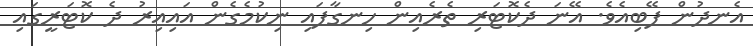
އެނދުން ފޭބިއެވެ. އޭނަ ދެކޮޓަރި ތެރެއިން ހިނގާފައި ނިކުމެގެން އައިއިރު ދެ ކޮޓަރީގައި